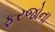
ફરજોના